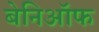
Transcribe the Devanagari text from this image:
बेनिऑफ